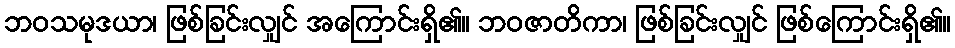
ဘဝသမုဒယာ၊ ဖြစ်ခြင်းလျှင် အကြောင်းရှိ၏။ ဘဝဇာတိကာ၊ ဖြစ်ခြင်းလျှင် ဖြစ်ကြောင်းရှိ၏။